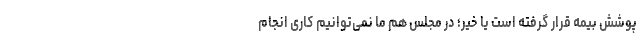
پوشش بیمه قرار گرفته است یا خیر؛ در مجلس هم ما نمی‌توانیم کاری انجام